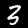
Digit: 3